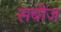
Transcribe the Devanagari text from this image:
सबीज